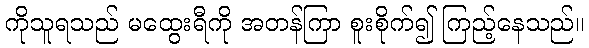
ကိုသူရသည် မထွေးရီကို အတန်ကြာ စူးစိုက်၍ ကြည့်နေသည်။